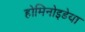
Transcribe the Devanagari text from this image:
होमिनोइडेया